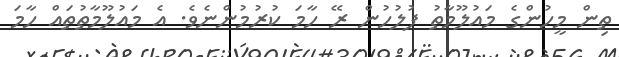
ތިން މީހުންގެ މައުލޫމާތު ފުލުހުން ރޭ ހާމަ ކުރުމުންނެވެ. އެ މައުލޫމާތުތައް ހާމަ